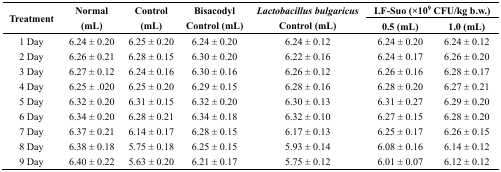
| <ROWSPAN=2> Treatment | <ROWSPAN=2> Normal (mL) | <ROWSPAN=2> Control (mL) | <ROWSPAN=2> Bisacodyl Control (mL) | <ROWSPAN=2> Lactobacillus bulgaricus Control (mL) | <COLSPAN=2> LF-Suo (×109 CFU/kg b.w.) |
 | 0.5 (mL) | 1.0 (mL) |
 | --- | --- | --- | --- | --- | --- | --- |
 | 1 Day | 6.24 ± 0.20 | 6.25 ± 0.20 | 6.24 ± 0.20 | 6.24 ± 0.12 | 6.24 ± 0.20 | 6.24 ± 0.12 |
 | 2 Day | 6.26 ± 0.21 | 6.28 ± 0.15 | 6.30 ± 0.20 | 6.22 ± 0.16 | 6.24 ± 0.17 | 6.26 ± 0.20 |
 | 3 Day | 6.27 ± 0.12 | 6.24 ± 0.16 | 6.30 ± 0.16 | 6.26 ± 0.12 | 6.26 ± 0.16 | 6.28 ± 0.17 |
 | 4 Day | 6.25 ± .020 | 6.25 ± 0.20 | 6.29 ± 0.15 | 6.28 ± 0.16 | 6.28 ± 0.20 | 6.27 ± 0.21 |
 | 5 Day | 6.32 ± 0.20 | 6.31 ± 0.15 | 6.32 ± 0.20 | 6.30 ± 0.13 | 6.31 ± 0.27 | 6.29 ± 0.20 |
 | 6 Day | 6.34 ± 0.20 | 6.28 ± 0.21 | 6.34 ± 0.18 | 6.32 ± 0.10 | 6.27 ± 0.15 | 6.28 ± 0.20 |
 | 7 Day | 6.37 ± 0.21 | 6.14 ± 0.17 | 6.28 ± 0.15 | 6.17 ± 0.13 | 6.25 ± 0.17 | 6.26 ± 0.15 |
 | 8 Day | 6.38 ± 0.18 | 5.75 ± 0.18 | 6.25 ± 0.15 | 5.93 ± 0.14 | 6.08 ± 0.16 | 6.14 ± 0.12 |
 | 9 Day | 6.40 ± 0.22 | 5.63 ± 0.20 | 6.21 ± 0.17 | 5.75 ± 0.12 | 6.01 ± 0.07 | 6.12 ± 0.12 |